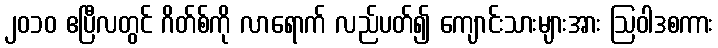
၂၀၁၀ ဧပြီလတွင် ဂိတ်စ်ကို လာရောက် လည်ပတ်၍ ကျောင်းသားများအား ဩဝါဒစကား